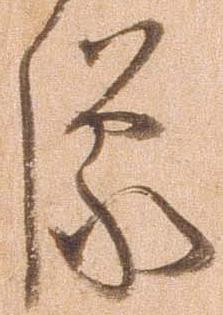
像